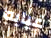
غيابه